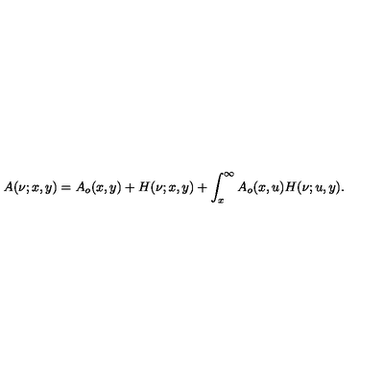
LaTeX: A ( \nu ; x , y ) = A _ { o } ( x , y ) + H ( \nu ; x , y ) + \int _ { x } ^ { \infty } A _ { o } ( x , u ) H ( \nu ; u , y ) .